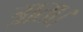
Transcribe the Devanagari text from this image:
त्राता।